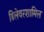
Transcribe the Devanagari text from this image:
डिलेवरशामिल